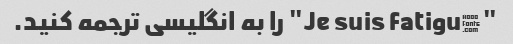
"Je suis fatigué" را به انگلیسی ترجمه کنید.